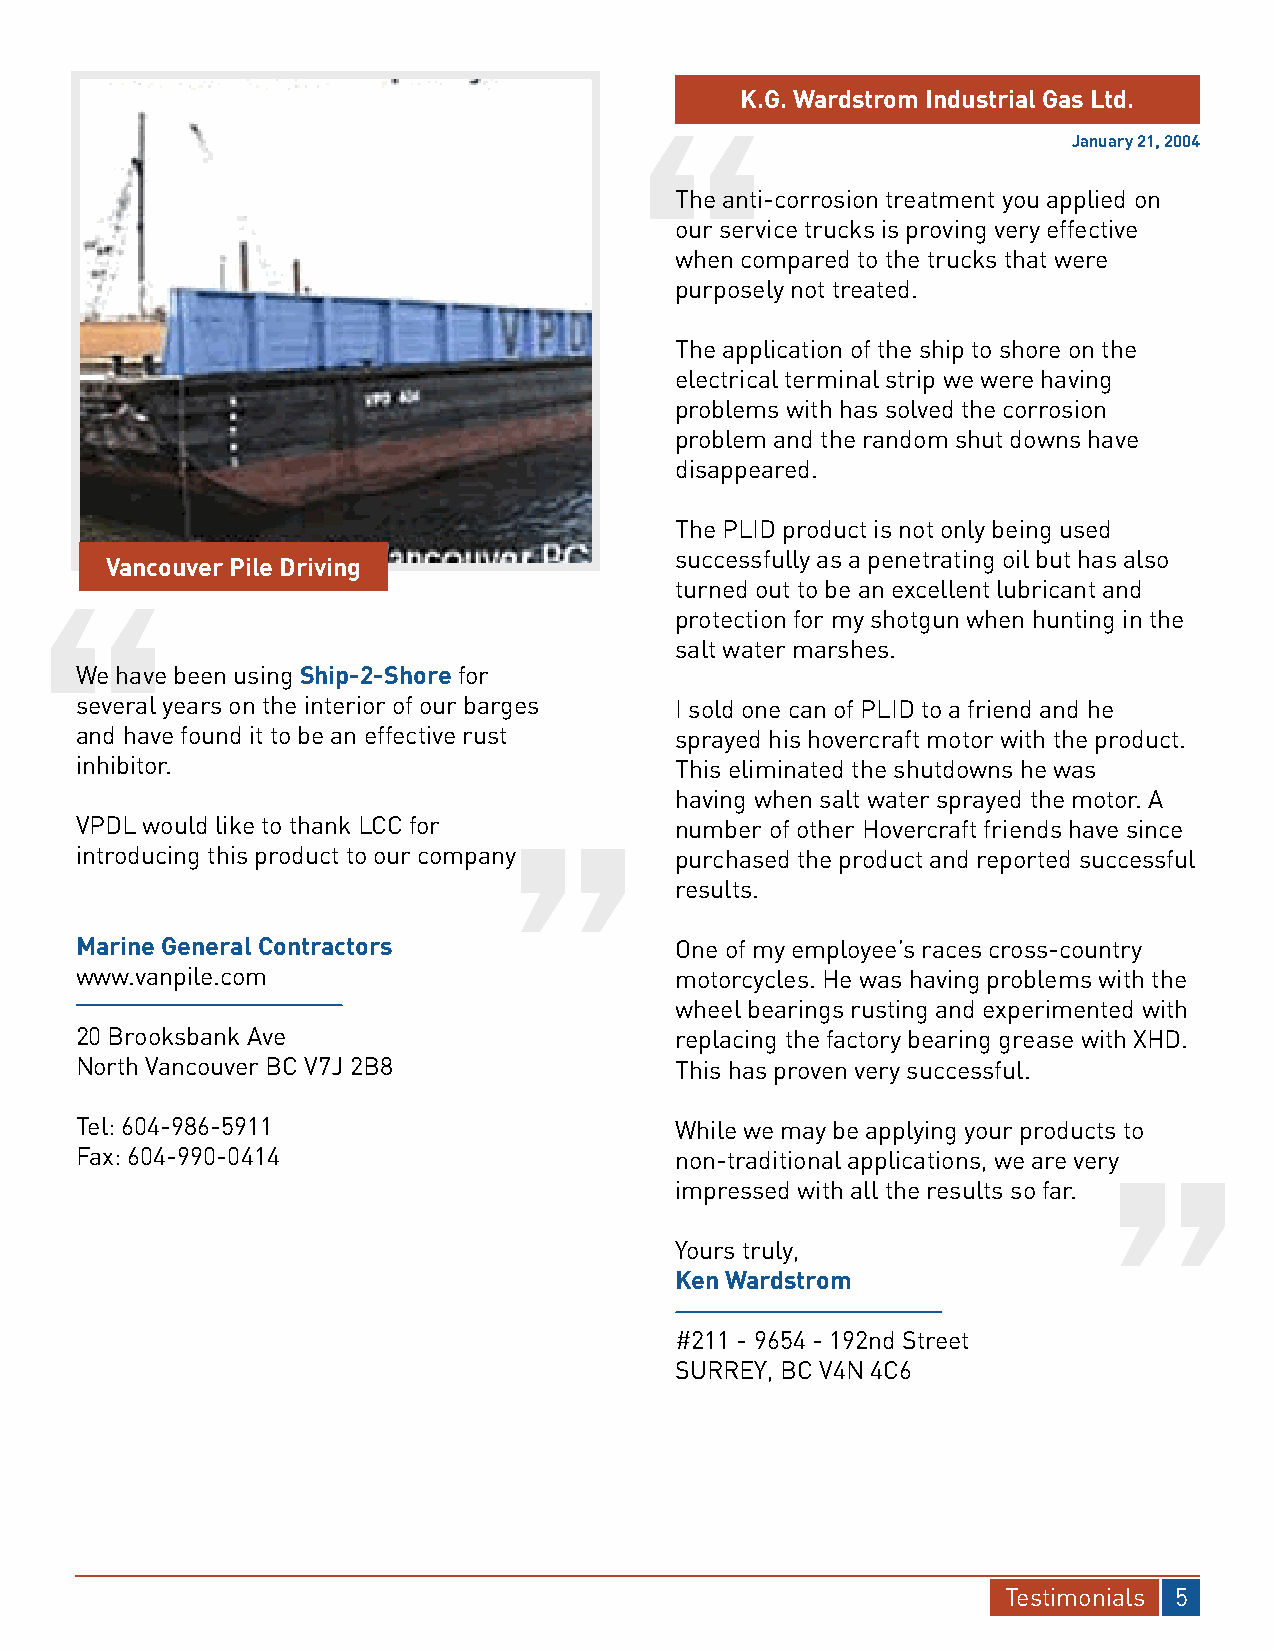
K.G. Wardstrom Industrial Gas Ltd.
 January 21, 2004
 The anti-corrosion treatment you applied on
 our service trucks is proving very effective
 when compared to the trucks that were
 purposely not treated.
 The application of the ship to shore on the
 electrical terminal strip we were having
 problems with has solved the corrosion
 problem and the random shut downs have
 disappeared.
 The PLID product is not only being used
 successfully as a penetrating oil but has also
 Vancouver Pile Driving
 turned out to be an excellent lubricant and
 protection for my shotgun when hunting in the
 salt water marshes.
 We have been using Ship-2-Shore for
 several years on the interior of our barges I sold one can of PLID to a friend and he
 and have found it to be an effective rust sprayed his hovercraft motor with the product.
 inhibitor.                              This eliminated the shutdowns he was
 having when salt water sprayed the motor. A
 VPDL would like to thank LCC for        number of other Hovercraft friends have since
 introducing this product to our company purchased the product and reported successful
 results.
 Marine General Contractors              One of my employee’s races cross-country
 www.vanpile.com                         motorcycles. He was having problems with the
 wheel bearings rusting and experimented with
 20 Brooksbank Ave                       replacing the factory bearing grease with XHD.
 North Vancouver BC V7J 2B8              This has proven very successful.
 Tel: 604-986-5911                       While we may be applying your products to
 Fax: 604-990-0414                       non-traditional applications, we are very
 impressed with all the results so far.
 Yours truly,
 Ken Wardstrom
 #211 - 9654 - 192nd Street
 SURREY, BC V4N 4C6
 Testimonials 5